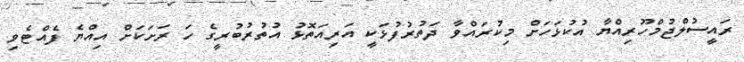
ރައީސުލްޖުމްހޫރިއްޔާ އުކުޅަހަށް މިކުރައްވާ ދަތުރުފުޅަކީ އަރިއަތޮޅު އުތުރުބުރީގެ ހަ ރަށަކަށް އިއްޔެ ފެއްޓެވި